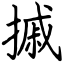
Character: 摵